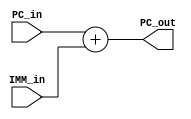
`timescale 1ns / 1ps
//////////////////////////////////////////////////////////////////////////////////
// Company: 
// Engineer: 
// 
// Design Name: 
// Module Name: PC_IMM_add
// Project Name: 
// Target Devices: 
// Tool Versions: 
// Description: 
// 
// Dependencies: 
// 
// Revision:
// Revision 0.01 - File Created
// Additional Comments:
// 
//////////////////////////////////////////////////////////////////////////////////


module PC_IMM_add(
    input [31:0] PC_in,
    input [31:0] IMM_in,
    output [31:0] PC_out
    );
    
    assign PC_out = PC_in + IMM_in ;
    
endmodule